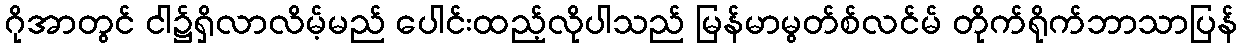
ဂိုအာတွင် ငါ၌ရှိလာလိမ့်မည် ပေါင်းထည့်လိုပါသည် မြန်မာမွတ်စ်လင်မ် တိုက်ရိုက်ဘာသာပြန်